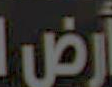
أرض